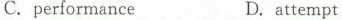
C. performanceD.attempt